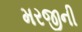
મરજીની